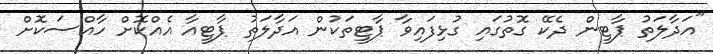
"އަދާލަތު ޕާޓީން ދެކޭ ގޮތުގައި ގުޅިފައިވާ ޕާޓީތަކުން އަދާލަތު ޕާޓީއާ އެއްކޮށް ހާއްސަކޮށް